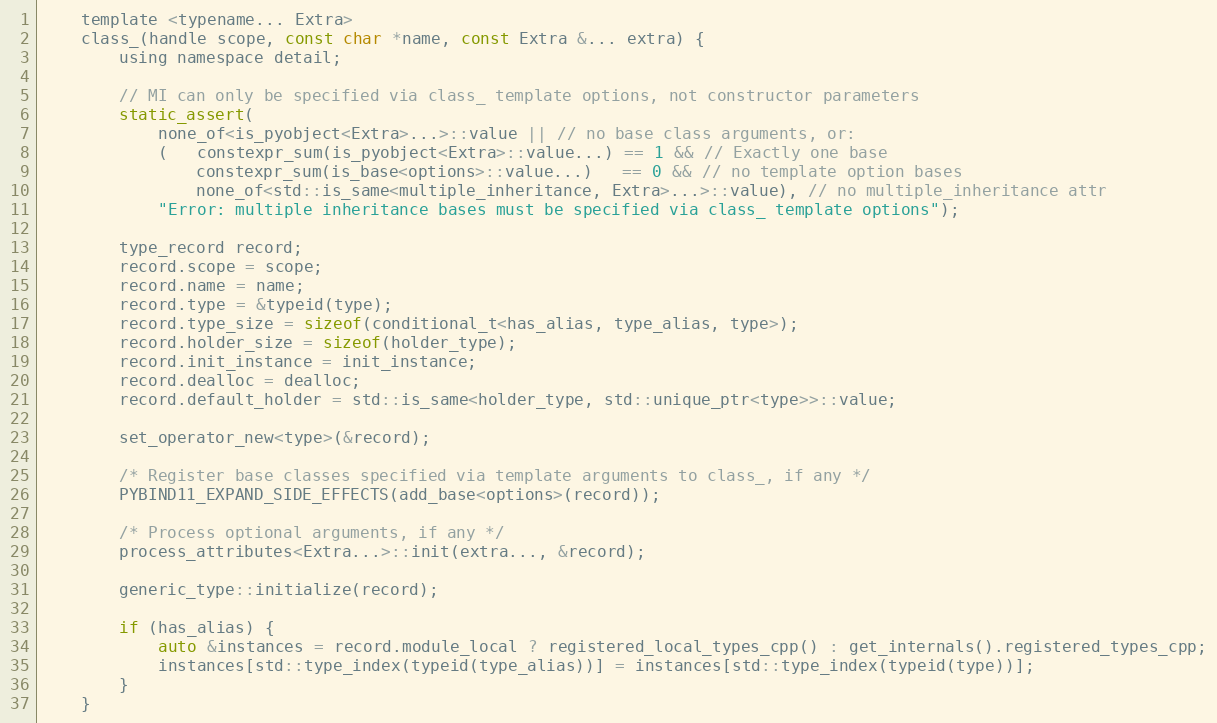
Language: C
    template <typename... Extra>
    class_(handle scope, const char *name, const Extra &... extra) {
        using namespace detail;

        // MI can only be specified via class_ template options, not constructor parameters
        static_assert(
            none_of<is_pyobject<Extra>...>::value || // no base class arguments, or:
            (   constexpr_sum(is_pyobject<Extra>::value...) == 1 && // Exactly one base
                constexpr_sum(is_base<options>::value...)   == 0 && // no template option bases
                none_of<std::is_same<multiple_inheritance, Extra>...>::value), // no multiple_inheritance attr
            "Error: multiple inheritance bases must be specified via class_ template options");

        type_record record;
        record.scope = scope;
        record.name = name;
        record.type = &typeid(type);
        record.type_size = sizeof(conditional_t<has_alias, type_alias, type>);
        record.holder_size = sizeof(holder_type);
        record.init_instance = init_instance;
        record.dealloc = dealloc;
        record.default_holder = std::is_same<holder_type, std::unique_ptr<type>>::value;

        set_operator_new<type>(&record);

        /* Register base classes specified via template arguments to class_, if any */
        PYBIND11_EXPAND_SIDE_EFFECTS(add_base<options>(record));

        /* Process optional arguments, if any */
        process_attributes<Extra...>::init(extra..., &record);

        generic_type::initialize(record);

        if (has_alias) {
            auto &instances = record.module_local ? registered_local_types_cpp() : get_internals().registered_types_cpp;
            instances[std::type_index(typeid(type_alias))] = instances[std::type_index(typeid(type))];
        }
    }